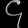
Digit: ၄